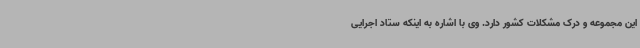
این مجموعه و درک مشکلات کشور دارد. وی با اشاره به اینکه ستاد اجرایی